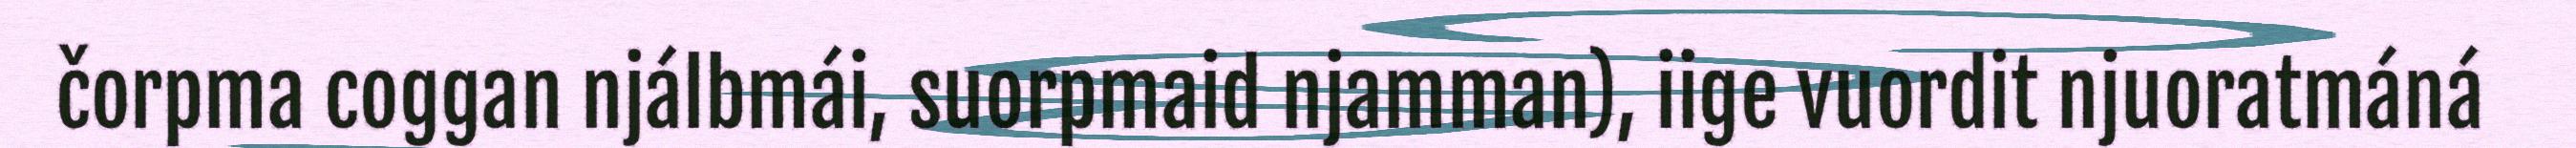
čorpma coggan njálbmái, suorpmaid njamman), iige vuordit njuoratmáná